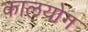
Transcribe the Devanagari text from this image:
कालयोग